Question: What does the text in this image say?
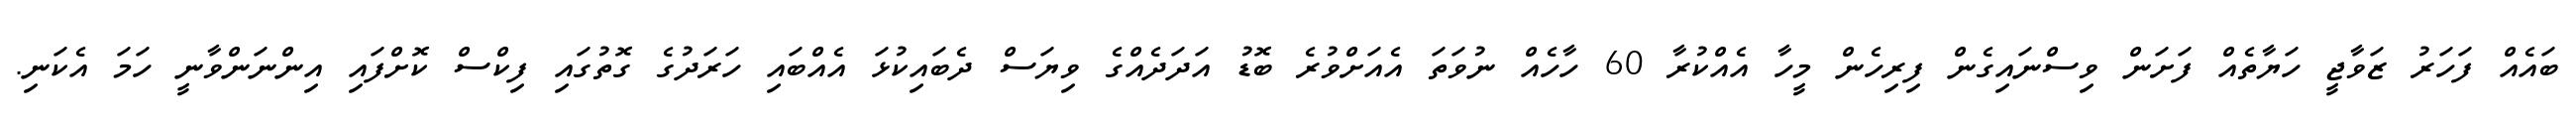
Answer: ބައެއް ފަހަރު ޒަވާޖީ ހަޔާތެއް ފަށަން ވިސްނައިގެން ފިރިހެން މީހާ އެއްކުރާ 60 ހާހެއް ނުވަތަ އެއަށްވުރެ ބޮޑު އަދަދެއްގެ ވިޔަސް ދެބައިކުޅަ އެއްބައި ހަރަދުގެ ގޮތުގައި ފިކްސް ކޮށްފައި އިންނަންވާނީ ހަމަ އެކަނި.